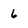
Character: 6